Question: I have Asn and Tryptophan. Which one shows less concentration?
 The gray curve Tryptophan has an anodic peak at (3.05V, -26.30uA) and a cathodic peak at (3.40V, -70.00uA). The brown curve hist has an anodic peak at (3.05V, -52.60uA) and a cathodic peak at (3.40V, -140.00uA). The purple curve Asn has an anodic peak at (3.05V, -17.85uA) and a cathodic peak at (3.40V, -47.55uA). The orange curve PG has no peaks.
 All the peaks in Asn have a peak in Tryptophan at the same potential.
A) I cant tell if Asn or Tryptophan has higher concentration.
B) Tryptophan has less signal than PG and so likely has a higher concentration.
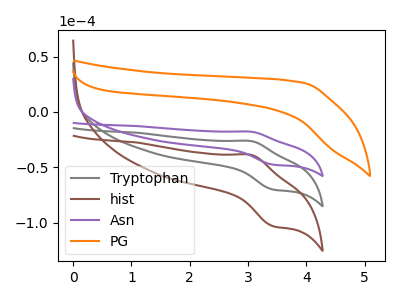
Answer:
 <answer>A) I cant tell if "Asn" or "Tryptophan" has higher concentration.</answer>
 <eval>A</eval>